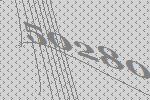
50280